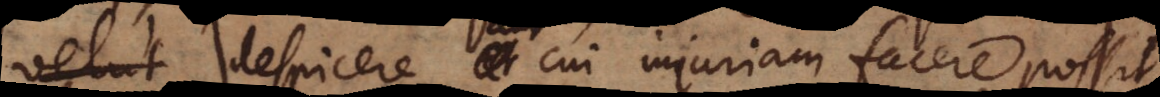
despicere aut cui injuriam facere poss